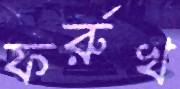
ফর্রুখ